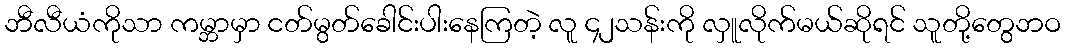
ဘီလီယံကိုသာ ကမ္ဘာမှာ ငတ်မွတ်ခေါင်းပါးနေကြတဲ့ လူ ၄၂သန်းကို လှူလိုက်မယ်ဆိုရင် သူတို့တွေဘဝ